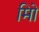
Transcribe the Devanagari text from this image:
मिो